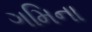
ગમિના